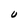
Character: U